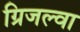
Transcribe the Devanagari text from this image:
ग्रिजल्वा